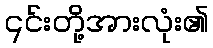
၎င်းတို့အားလုံး၏